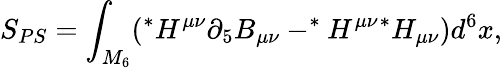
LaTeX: S_{PS}=\int_{M_{6}}(^{*}H^{\mu\nu}\partial_{5}B_{\mu\nu}-^{*}H^{\mu\nu}{}^{*}H_{\mu\nu})d^{6}x,